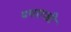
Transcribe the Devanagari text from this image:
पपराजी